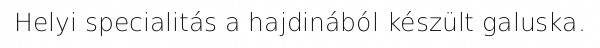
Helyi specialitás a hajdinából készült galuska.